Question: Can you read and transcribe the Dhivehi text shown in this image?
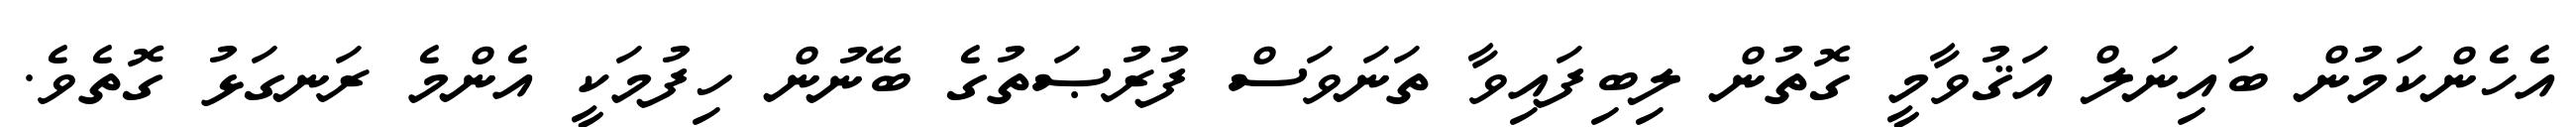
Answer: އެހެންކަމުން ބައިނަލް އަޤުވާމީ ގޮތުން ލިބިފައިވާ ތަނަވަސް ފުރުޞަތުގެ ބޭނުން ހިފުމަކީ އެންމެ ރަނގަޅު ގޮތެވެ.